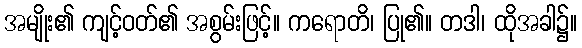
အမျိုး၏ ကျင့်ဝတ်၏ အစွမ်းဖြင့်။ ကရောတိ၊ ပြု၏။ တဒါ၊ ထိုအခါ၌။